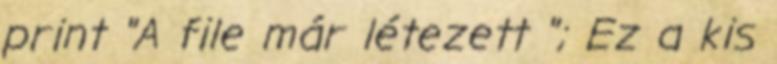
print "A file már létezett "; Ez a kis